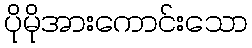
ပိုမိုအားကောင်းသော